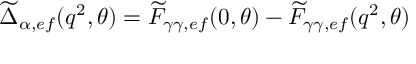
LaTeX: \widetilde { \Delta } _ { \alpha , e f } ( q ^ { 2 } , \theta ) = \widetilde { F } _ { \gamma \gamma , e f } ( 0 , \theta ) - \widetilde { F } _ { \gamma \gamma , e f } ( q ^ { 2 } , \theta )